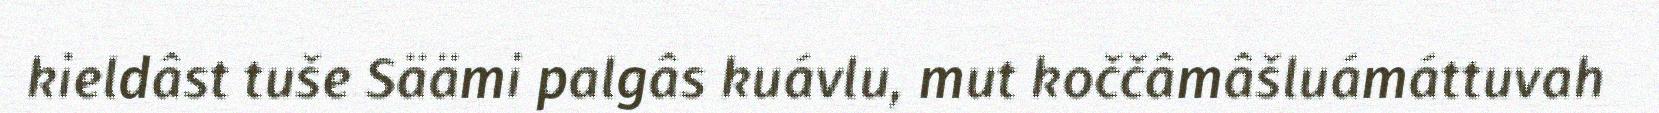
kieldâst tuše Säämi palgâs kuávlu, mut koččâmâšluámáttuvah